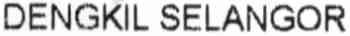
DENGKIL SELANGOR